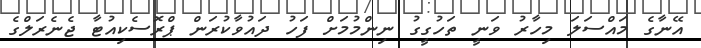
އޭނާގެ މައްސަލަ މިހާރު ވަނީ ތަހުގީގު ނިންމުމަށް ފަހު ދައުވާކުރަން ޕްރޮސެކިއުޓާ ޖެނެރަލްގެ